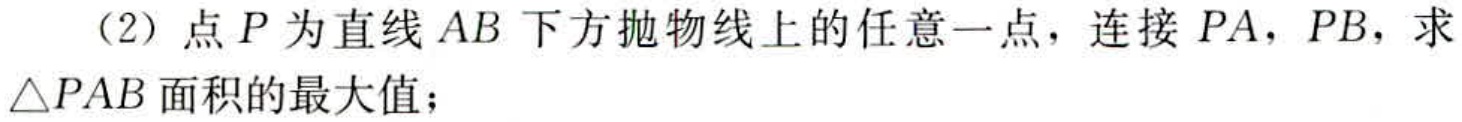
（2）点\(P\)为直线\(AB\)下方抛物线上的任意一点，连接\(PA\)，\(PB\)，求\(\triangle PAB\)面积的最大值；